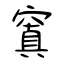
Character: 窴